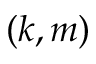
( k , m )